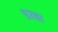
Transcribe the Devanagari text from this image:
९७वा